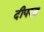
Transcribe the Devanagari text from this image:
दीपरत्न